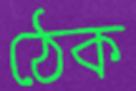
ঠেক